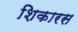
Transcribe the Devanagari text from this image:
शिकारस